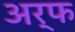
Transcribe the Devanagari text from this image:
अर्फ